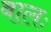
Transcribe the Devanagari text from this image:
बालः